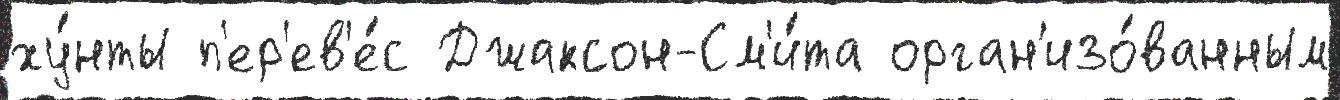
ху́нты п'ер'ев'е́с Джаксон-См'и́та орган'изо́ванным